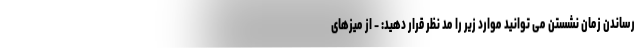
رساندن زمان نشستن می توانید موارد زیر را مد نظر قرار دهید: - از میزهای